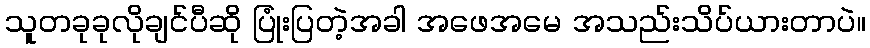
သူတခုခုလိုချင်ပီဆို ပြုံးပြတဲ့အခါ အဖေအမေ အသည်းသိပ်ယားတာပဲ။